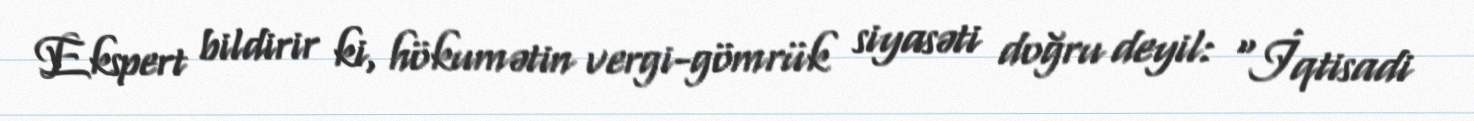
Ekspert bildirir ki, hökumətin vergi-gömrük siyasəti doğru deyil: “İqtisadi